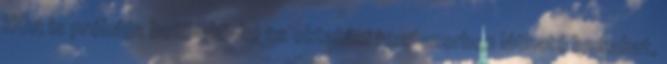
HOA is próbálja betömködni az oktatási rendszerben látható lyukakat,